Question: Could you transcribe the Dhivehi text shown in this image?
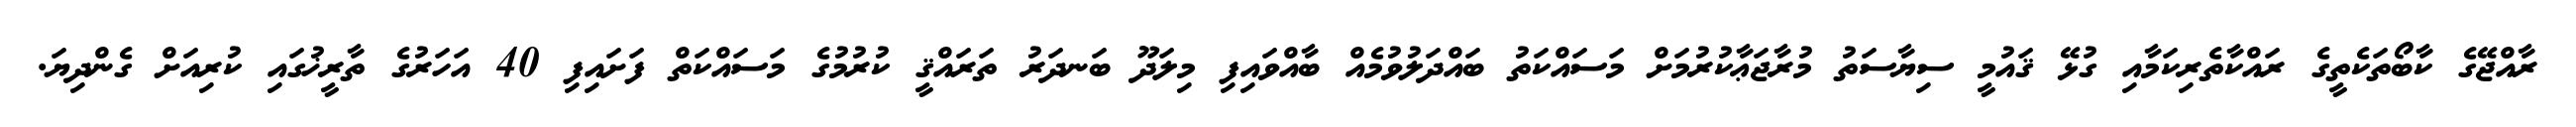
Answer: ރާއްޖޭގެ ކާބޯތަކެތީގެ ރައްކާތެރިކަމާއި ގުޅޭ ޤައުމީ ސިޔާސަތު މުރާޖަޢާކުރުމަށް މަސައްކަތު ބައްދަލުވުމެއް ބާއްވައިފި މިލަދޫ ބަނދަރު ތަރައްޤީ ކުރުމުގެ މަސައްކަތް ފަށައިފި 40 އަހަރުގެ ތާރީޚުގައި ކުރިއަށް ގެންދިޔަ.